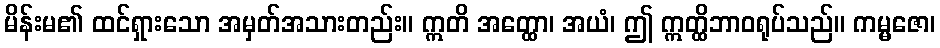
မိန်းမ၏ ထင်ရှားသော အမှတ်အသားတည်း။ ဣတိ အတ္ထော၊ အယံ၊ ဤ ဣတ္ထိဘာဝရုပ်သည်။ ကမ္မဇော၊